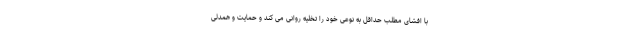
با افشای مطلب حداقل به نوعی خود را تخلیه روانی می کند و حمایت و همدلی